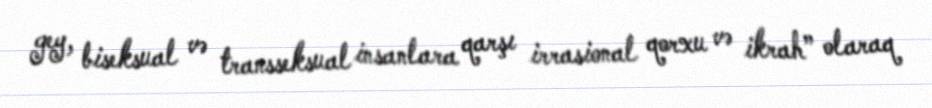
gey, biseksual və transseksual insanlara qarşı irrasional qorxu və ikrah” olaraq